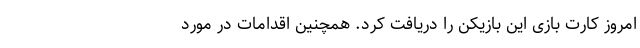
امروز کارت بازی این بازیکن را دریافت کرد. همچنین اقدامات در مورد